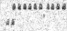
١٦